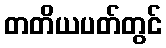
တတိယပတ်တွင်